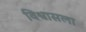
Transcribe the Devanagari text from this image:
विश्वासला